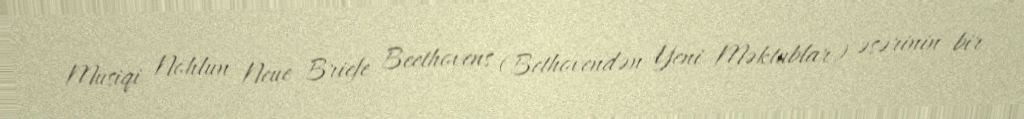
Musiqi Nohlun Neue Briefe Beethovens (Bethovendən Yeni Məktublar) əsərinin bir